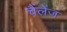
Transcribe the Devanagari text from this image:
चैंलेंज